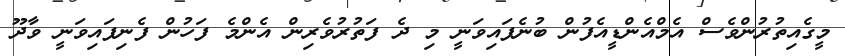
މީގެއިތުރުންވެސް އެމްއެންޑީއެފުން ބުނެފައިވަނީ މި ދެ ފަތުރުވެރިން އެންމެ ފަހުން ފެނިފައިވަނީ ވާދޫ